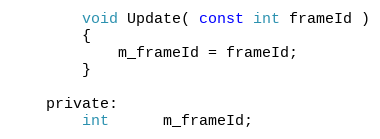
Language: C
		void Update( const int frameId )
		{
			m_frameId = frameId;
		}

	private:
		int      m_frameId;